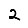
Digit: 2